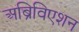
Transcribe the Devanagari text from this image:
अब्रिविएशन